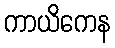
ကာယိကေန